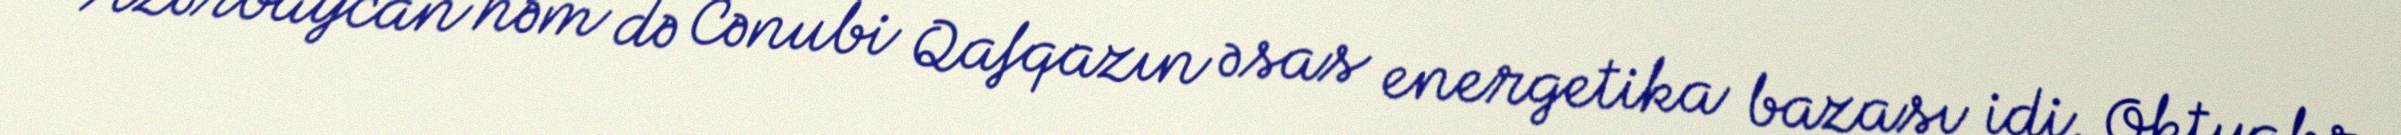
Azərbaycan həm də Cənubi Qafqazın əsas energetika bazası idi. Oktyabr